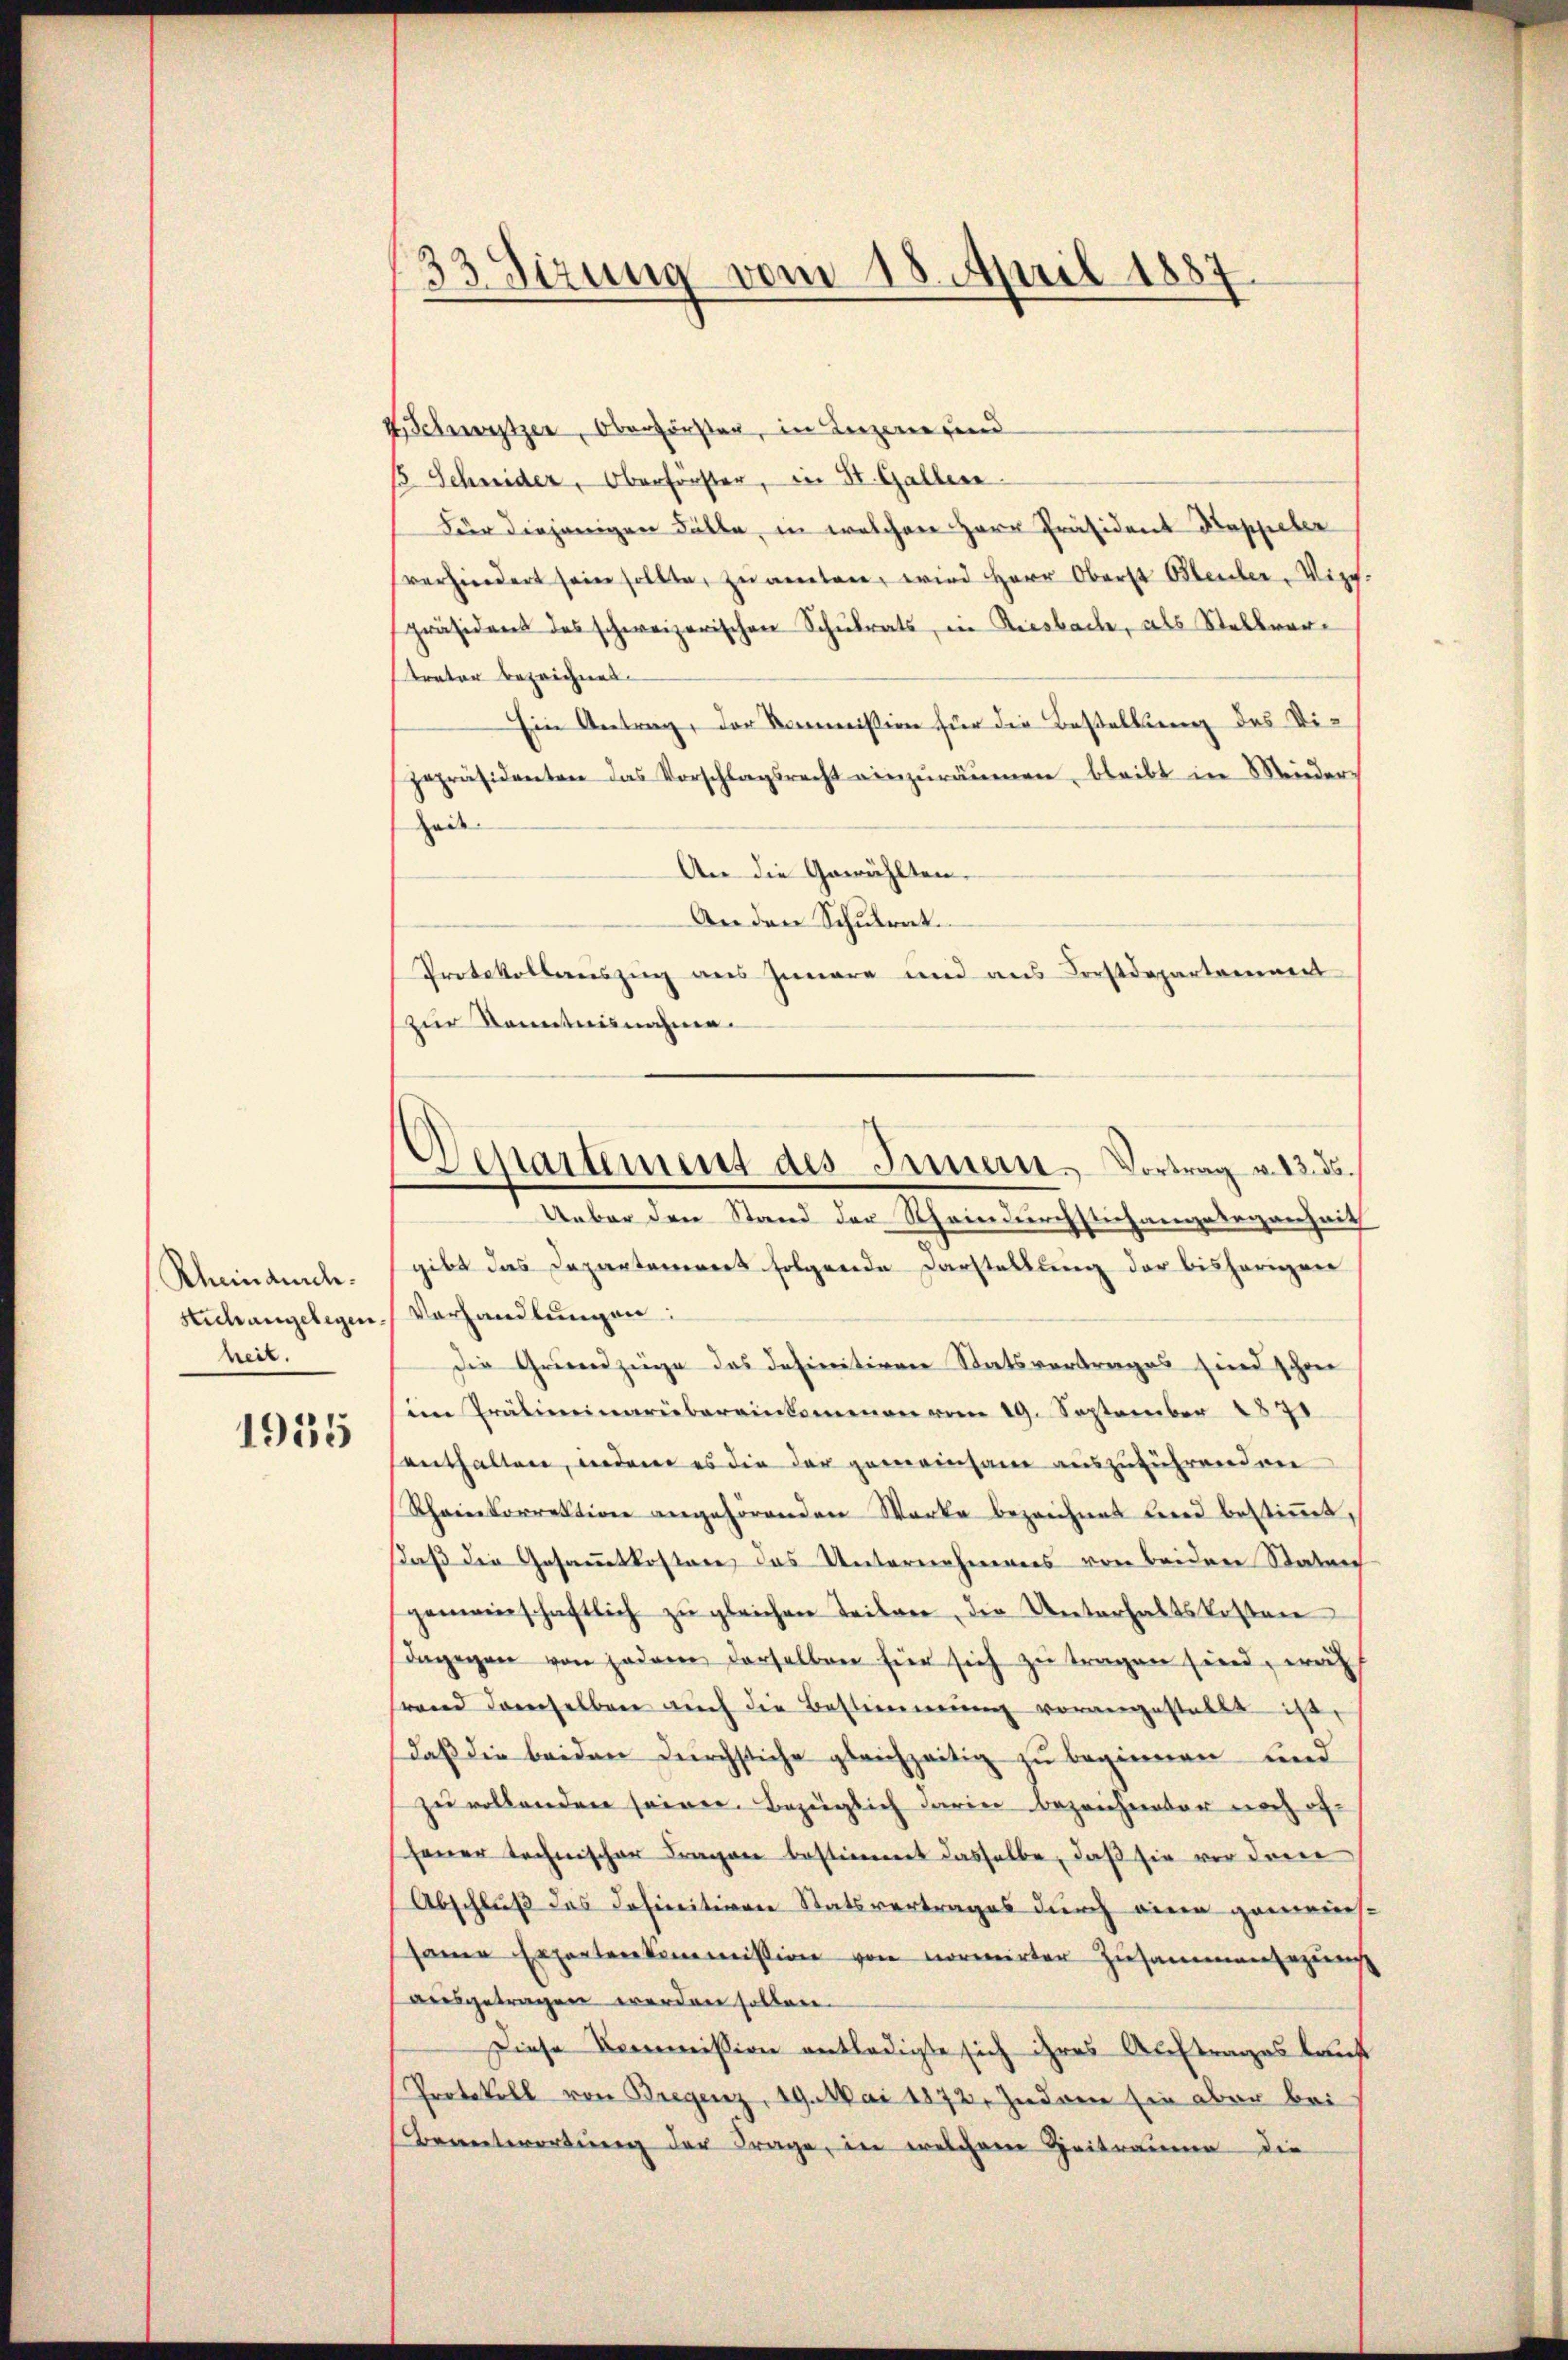
Rheindurch.
heit.

1935

33 Sizung vom 18. April 1887

4 Schwitzer, Oberförster, in Luzernerend
15. Schnider, Oberförster, in St. Gallere
Für diejenigen Fälle, in welchen Herr Präsident Kappeler
verhindert sein sollte, zŭamten, wird Herr Oberst Bleuler, Vize-
präsident des schweizerischen Schulrats, in Riesbache, als Stellvertrator bezeichnet.
Ein Antrag, der Kommission für die Bestellung des Vizepräsidenten das Vorschlagsrecht einzuräumen, bleibt in Mender
Zeit.
An die Gewählten.
An den Schulrat.
Protokollauszug aus Innere und aus Forstdepartement
(zur Kenntnisnahme.
gibt das Departement folgende Darstellung der bisherigen
Stich angelegen Vorhandlungen:
Die Grundzüge das definitiven Statsvertrages sind schon
im Präliminarübereinkommen vom 19. September 1871
enthalten, indem es die der gemeinsame auszuführenden
Rheinkorrektion angehörenden Werke bezeichnet bered bestimmt,
daß die Gesammtkosten, das Unternehmens von beiden Staten
gemeinschaftlich zu gleichen Teilen, die Unterhaltskosten
dagegen von jedem derselben hier sich zŭ tragen sind, woh
stand demselben auch die Bestimmung vorangestatte ist,
daß die beiden durchstiche gleichzeitig zu beginnen und
zu vollenden seiner. Bezüglich darin bezeichneter noch ofhener technischer Fragen bestimmt dasselbe, daß sie vor dem
Abschluß des Definitiven Statsvertrages durch eine gemeins-
sane Expertenkommission von normirter Zusammensezung
ausgetragen werden sollen.
Diese Kommission entledigte sich ihres Auftrages kauf
Protokoll von Bregenz, 19. Mai 1872. Indem sie aber bei
Beantwortung der Frage, in welchem Heitraume die

Departement des Innern. Vortrag v. 13. ds.
Ueber den Stand der Rheindurchstichangelegenheit